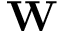
{ \bf W }